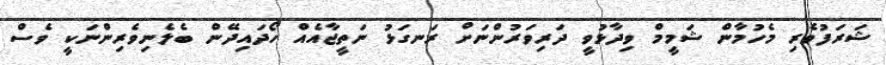
ޝަރަފުވެރި މެހުމާން ޝަމީމް ވިދާޅުވީ ދަރިވަރުންނަށް ރަނގަޅު ނަތީޖާއެއް ހޯދައިދޭން ބެލެނިވެރިންނަކީ ވެސް